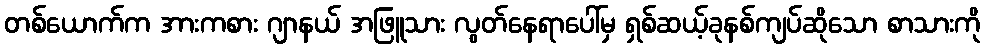
တစ်ယောက်က အားကစား ဂျာနယ် အဖြူသား လွတ်နေရာပေါ်မှ ရှစ်ဆယ့်ခုနစ်ကျပ်ဆိုသော စာသားကို